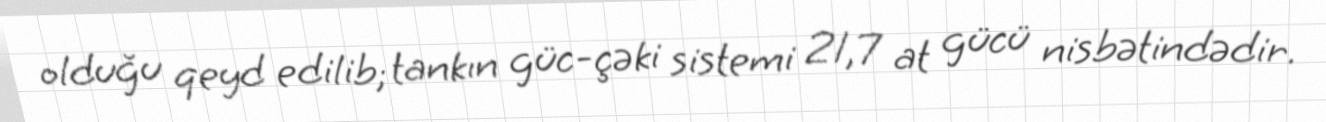
olduğu qeyd edilib; tankın güc-çəki sistemi 21,7 at gücü nisbətindədir.